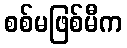
စစ်မဖြစ်မီက